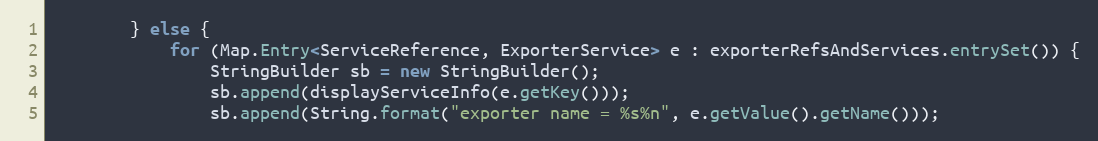
Language: Java
        } else {
            for (Map.Entry<ServiceReference, ExporterService> e : exporterRefsAndServices.entrySet()) {
                StringBuilder sb = new StringBuilder();
                sb.append(displayServiceInfo(e.getKey()));
                sb.append(String.format("exporter name = %s%n", e.getValue().getName()));